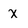
Character: x